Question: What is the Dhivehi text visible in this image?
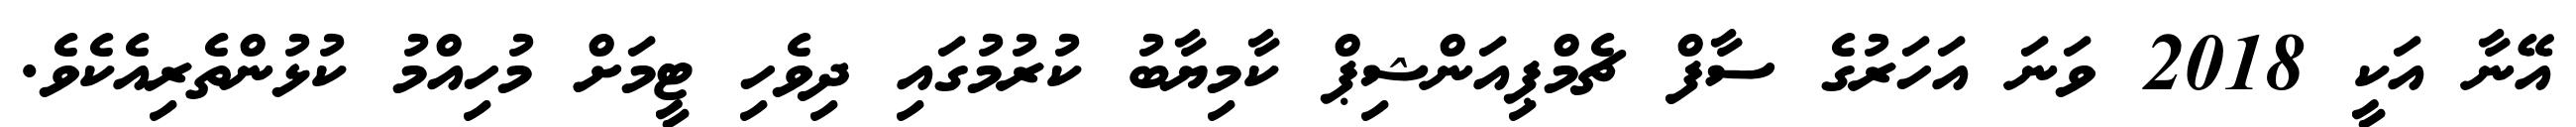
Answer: އޭނާ އަކީ 2018 ވަނަ އަހަރުގެ ސާފް ޗެމްޕިއަންޝިޕް ކާމިޔާބު ކުރުމުގައި ދިވެހި ޓީމަށް މުހިއްމު ކުޅުންތެރިއެކެވެ.